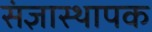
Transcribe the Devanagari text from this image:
संज्ञास्थापक